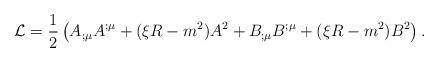
LaTeX: \begin{align*}{\cal L}= \frac{1}{2} \left({A}_{;\mu} {A}^{;\mu} + ( \xi R - m^2){A}^2 + {B}_{;\mu} {B}^{;\mu} + ( \xi R - m^2) {B}^2 \right).\end{align*}